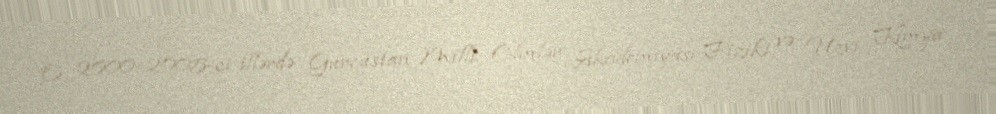
O, 2000–2005-ci illərdə Gürcüstan Milli Elmlər Akademiyası Fiziki və Üzvi Kimya